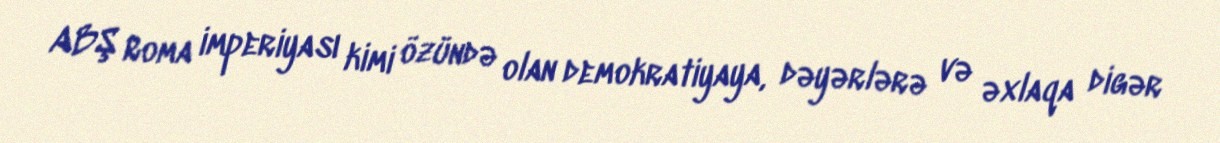
ABŞ Roma imperiyası kimi özündə olan demokratiyaya, dəyərlərə və əxlaqa digər